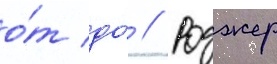
о́т до́ // Роджер